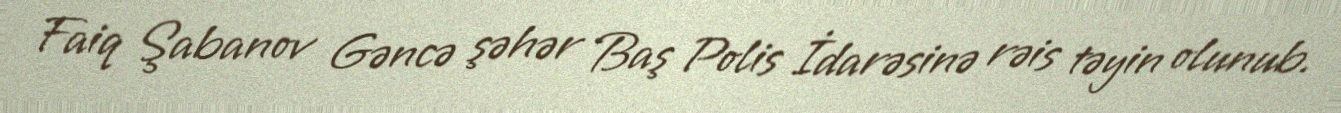
Faiq Şabanov Gəncə şəhər Baş Polis İdarəsinə rəis təyin olunub.